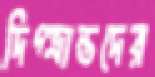
দিগ্ভ্রান্তদের